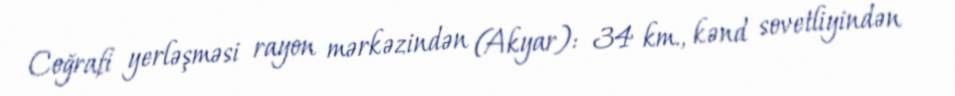
Coğrafi yerləşməsi rayon mərkəzindən (Akyar): 34 km., kənd sovetliyindən